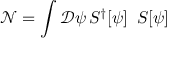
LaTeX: \mathcal { N = } \mathop { \displaystyle \int } \mathcal { D } \psi \, S ^ { \dagger } [ \psi ] \, \ S [ \psi ]